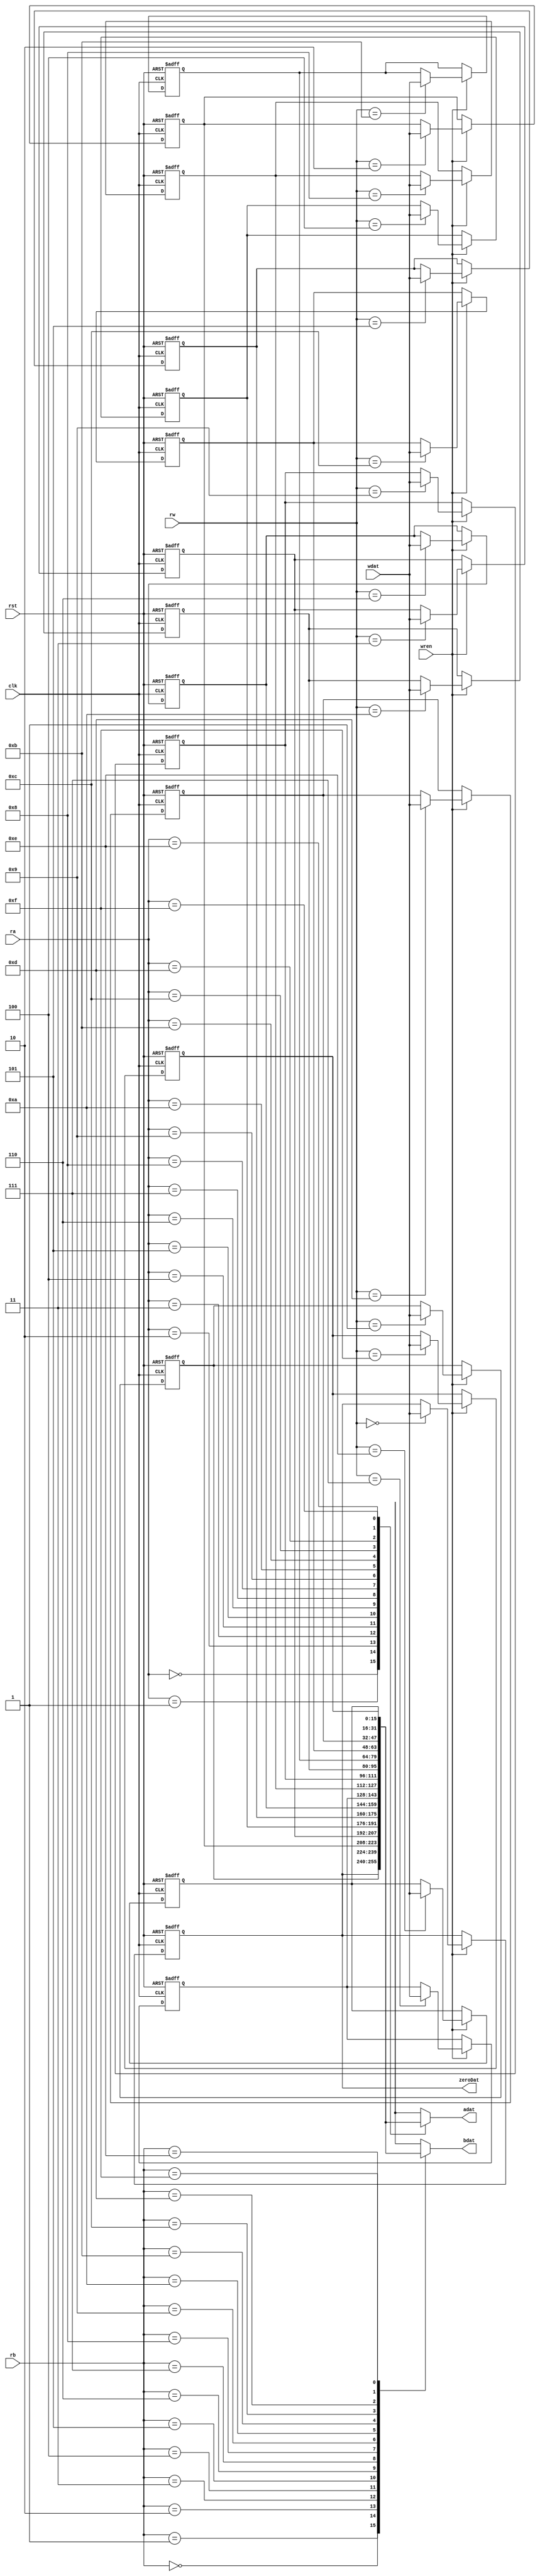
module regfileparam_behav 
	#(parameter BITSIZE = 16,
	  parameter ADDSIZE = 4)
	(output [BITSIZE-1:0] adat,
    output [BITSIZE-1:0] bdat,
	 output [BITSIZE-1:0] zeroDat,
    input [ADDSIZE-1:0] ra,	// Read A Address
    input [ADDSIZE-1:0] rb,	// Read B Address
    input [ADDSIZE-1:0] rw,	// Write Address
    input [BITSIZE-1:0] wdat,
    input wren,
	 input clk, rst
    );
	
	 integer i;
	 
	 reg [BITSIZE-1:0] array_reg [2**ADDSIZE-1:0]; 
	 
	 always @(posedge clk, negedge rst) begin
		if(~rst) begin
			for(i = 0; i < 2**ADDSIZE; i = i + 1) begin
				array_reg[i] <= 0;
			end
		end
		else if(wren) begin
			array_reg[rw] <= wdat;
		end

	 end
	 
	 // Asynchronous Read
	 assign adat = array_reg[ra];
	 assign bdat = array_reg[rb];
	 assign zeroDat = array_reg[0];
	
endmodule